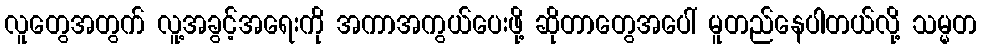
လူတွေအတွက် လူ့အခွင့်အရေးကို အကာအကွယ်ပေးဖို့ ဆိုတာတွေအပေါ် မူတည်နေပါတယ်လို့ သမ္မတ